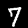
Label: 7